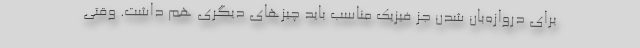
برای دروازه‌بان شدن جز فیزیک مناسب باید چیزهای دیگری هم داشت. وقتی